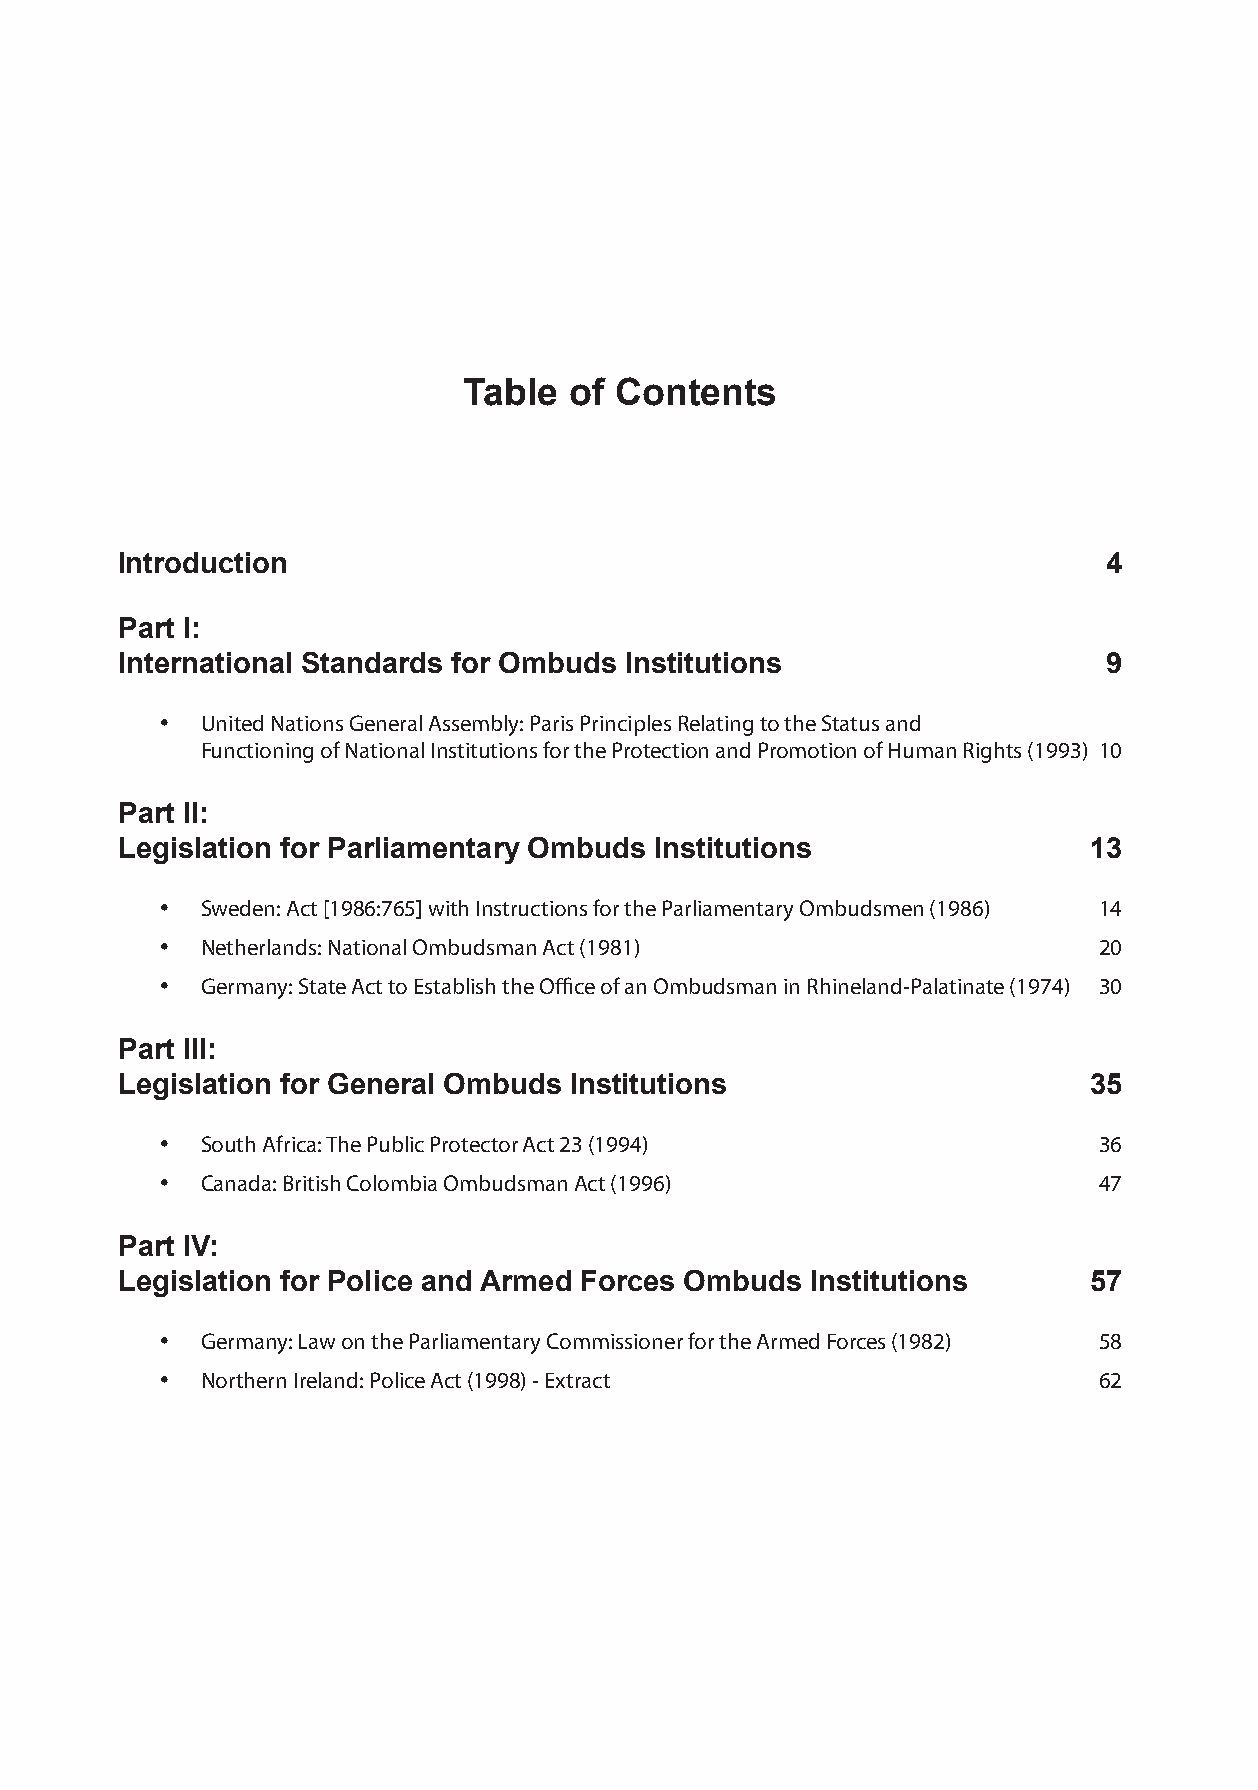
Table  of Contents
 Introduction                                                     4
 Part I:
 International Standards for Ombuds Institutions                  9
 • United Nations General Assembly: Paris Principles Relating to the Status and
 Functioning of National Institutions for the Protection and Promotion of Human Rights (1993) 10
 Part II:
 Legislation for Parliamentary Ombuds Institutions               13
 • Sweden: Act [1986:765] with Instructions for the Parliamentary Ombudsmen (1986) 14
 • Netherlands: National Ombudsman Act (1981)                  20
 • Germany: State Act to Establish the Office of an Ombudsman in Rhineland-Palatinate (1974) 30
 Part III:
 Legislation for General Ombuds Institutions                     35
 • South Africa: The Public Protector Act 23 (1994)            36
 • Canada: British Colombia Ombudsman Act (1996)               47
 Part IV:
 Legislation for Police and Armed Forces Ombuds Institutions     57
 • Germany: Law on the Parliamentary Commissioner for the Armed Forces (1982) 58
 • Northern Ireland: Police Act (1998) - Extract               62